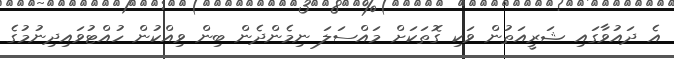
އެ ދައުވާގައި ޝަރީއަތުން ވަކި ގޮތަކަށް މައްސަލަ ނިމެންދެން ބިން ވިއްކުން ހުއްޓުވައިދިނުމުގެ